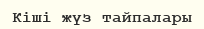
Кіші жүз тайпалары